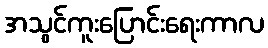
အသွင်ကူးပြောင်းရေးကာလ